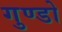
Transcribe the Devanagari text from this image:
गुण्डो